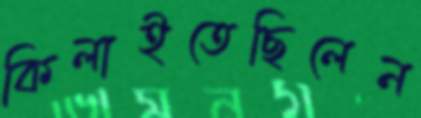
কিলাইতেছিলেন